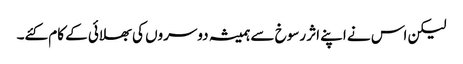
لیکن اس نے اپنے اثر رسوخ سے ہمیشہ دوسروں کی بھلائی کے کام کئے۔